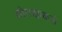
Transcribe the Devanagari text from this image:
बोगद्याकडे